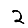
Digit: 2